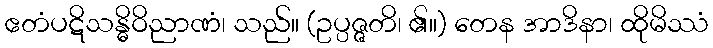
ဧတံပဋိသန္ဓိဝိညာဏံ၊ သည်။ (ဥပ္ပဇ္ဇတိ၊ ၏။) တေန အာဒိနာ၊ ထိုမိဿံ